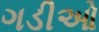
ગડીઓ